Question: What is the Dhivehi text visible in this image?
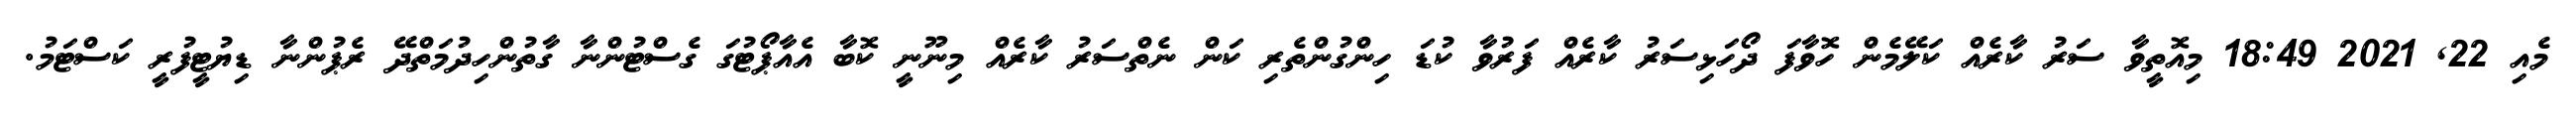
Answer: މެއި 22, 2021 18:49 މިއޮތީވާ ސަރު ކާރެއް ކަލޭމެން ހޮވާފަ ދޯހަޅިސަރު ކާރެއް ފަރުވާ ކުޑަ ހިންގުންތެރި ކަން ނެތްސަރު ކާރެއް މިނޫނީ ކޮބާ އެއާޕޯޓުގަ ގެސްޓުންނާ ގާތުންހިދުމަތްދޭ ރެޕުންނާ ޑިޔުޓީފުރީ ކަސްޓަމު.